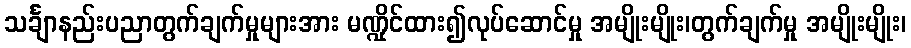
သင်္ချာနည်းပညာတွက်ချက်မှုများအား မဏ္ဍိုင်ထား၍လုပ်ဆောင်မှု အမျိုးမျိုး၊တွက်ချက်မှု အမျိုးမျိုး၊